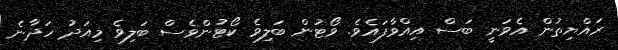
ރައްޔިތުން އެވަނީ ބަސް އިއްވާފައެވެ. ވޯޓުން ބަލިވެ ކޯޓުންވެސް ބަލިވެ މިއަދު ހަދާނެ